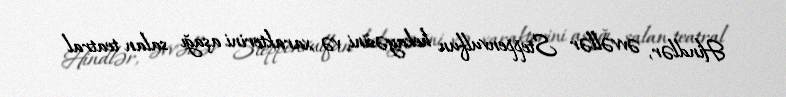
Hindlər, əvvəllər Steppenvulfun hekayəsini və xarakterini aşağı salan teatral